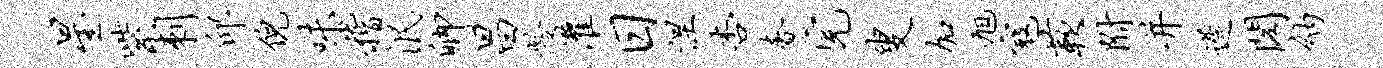
星紫刺邱倪味稽泯卿昌龄灌日涅杏奢完叟加旭寇蔌附并迟阁纳